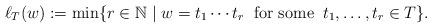
LaTeX: \begin{align*}\ell_T(w):=\mbox{min} \{r \in {\mathbb N} \mid w=t_{1}\cdots t_{r}\; \;\mbox{for some} \; \; t_{1},\ldots,t_{r} \in T \}.\end{align*}